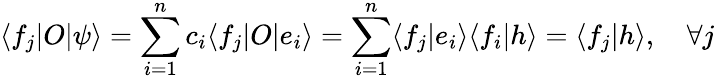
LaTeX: \langle f_{j}|O|\psi\rangle=\sum_{i=1}^{n}c_{i}\langle f_{j}|O|e_{i}\rangle=\sum_{i=1}^{n}\langle f_{j}|e_{i}\rangle\langle f_{i}|h\rangle=\langle f_{j}|h\rangle,\quad\forall j